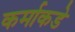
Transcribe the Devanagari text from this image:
कर्माकडे